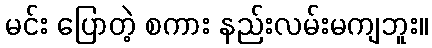
မင်း ပြောတဲ့ စကား နည်းလမ်းမကျဘူး။